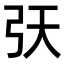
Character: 𢎾